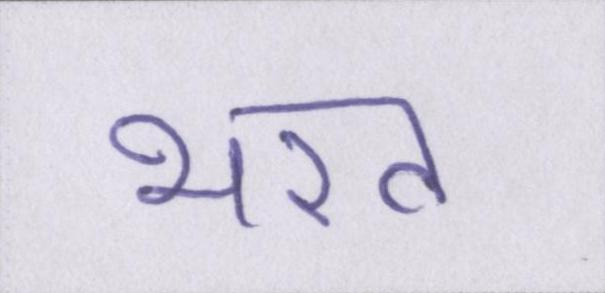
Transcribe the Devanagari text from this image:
भरत